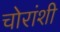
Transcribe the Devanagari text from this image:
चोरांशी